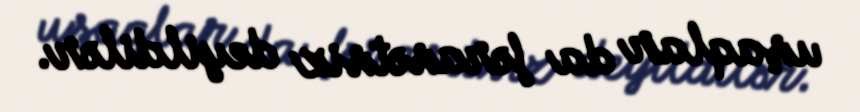
uşaqlar da fərasətsiz deyildilər.